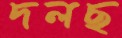
দলছ